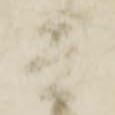
兵